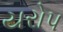
યરોપ